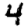
Digit: 4